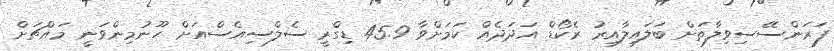
ފަރަންސޭސިވިލާތަށް ބަލައިލާއިރު ރެކޯޑް އަދަދެއް ކަމަށްވާ 45.9 ޑިގްރީ ސެލްސިއެސްއަށް ހޫނުމިންވަނީ މައްޗަށް